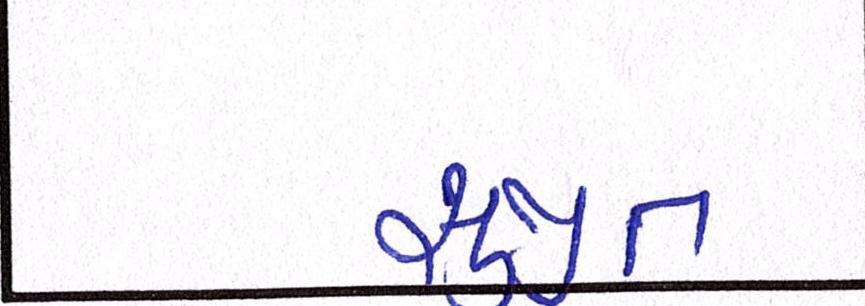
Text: સુજીત